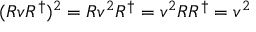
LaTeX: ( R v R ^ { \dagger } ) ^ { 2 } = R v ^ { 2 } R ^ { \dagger } = v ^ { 2 } R R ^ { \dagger } = v ^ { 2 }